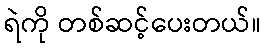
ရဲကို တစ်ဆင့်ပေးတယ်။